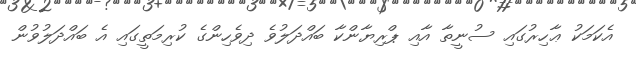
އެކަމަކު ޢާހިރުގައި ސުނީތާ އާއި ޕްރިޔާންކާ ބައްދަލުވެ ދިވެހިންގެ ކުރިމަތީގައި އެ ބައްދަލުވުން